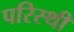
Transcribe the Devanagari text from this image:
परिस्थी